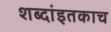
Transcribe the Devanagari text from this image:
शब्दांइतकाच